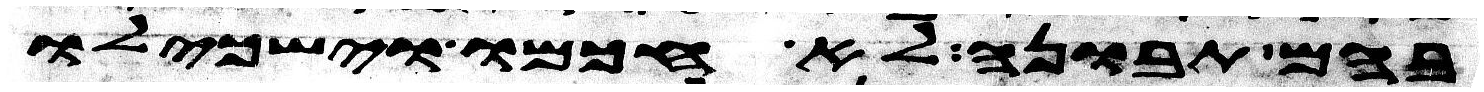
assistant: בהם תבונה לא חכמו וישכילו